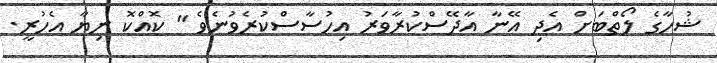
ޝުހާގެ ލޯތްބަށް އެދި އޭނާ އާދޭސްކުރާވަރު އިހުސާސްކުރެވުނެވެ " ކޮއްކޮ ނިޔާ އެހުރީ.